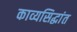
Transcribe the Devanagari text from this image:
काव्यसिद्धांत